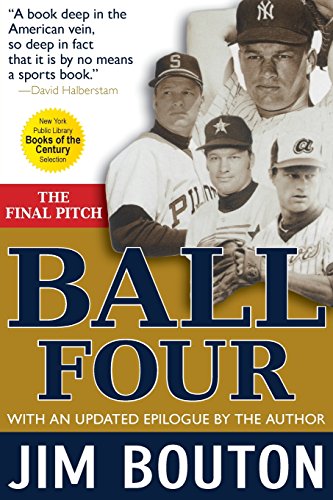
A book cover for Ball Four: The Final Pitch; Jim Bouton; Biographies & Memoirs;